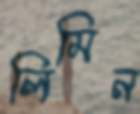
লিমিন